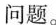
问题。